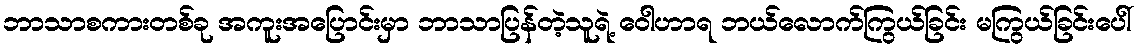
ဘာသာစကားတစ်ခု အကူးအပြောင်းမှာ ဘာသာပြန်တဲ့သူရဲ့ ဝေါဟာရ ဘယ်လောက်ကြွယ်ခြင်း မကြွယ်ခြင်းပေါ်